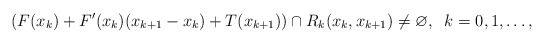
\begin{align*}(F(x_k) +F'(x_k)(x_{k+1}-x_k)+T(x_{k+1}))\cap R_{k}(x_k, x_{k+1}) \neq \varnothing, \;\;k=0,1, \ldots , \end{align*}